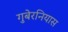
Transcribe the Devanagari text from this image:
गुबेरनियास